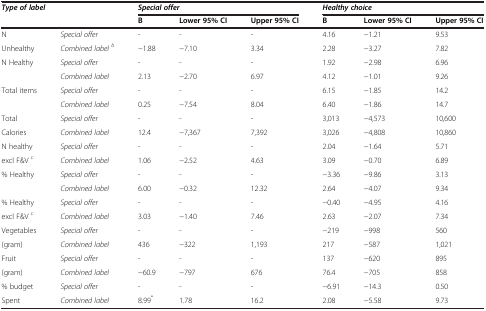
| <COLSPAN=2> Type of label | <COLSPAN=3> Special offer | <COLSPAN=3> Healthy choice |
 |  |  | B | Lower 95% CI | Upper 95% CI | B | Lower 95% CI | Upper 95% CI |
 | --- | --- | --- | --- | --- | --- | --- | --- |
 | N | Special offer | - | - | - | 4.16 | −1.21 | 9.53 |
 | Unhealthy | Combined labelb | −1.88 | −7.10 | 3.34 | 2.28 | −3.27 | 7.82 |
 | N Healthy | Special offer | - | - | - | 1.92 | −2.98 | 6.96 |
 |  | Combined label | 2.13 | −2.70 | 6.97 | 4.12 | −1.01 | 9.26 |
 | Total items | Special offer | - | - | - | 6.15 | −1.85 | 14.2 |
 |  | Combined label | 0.25 | −7.54 | 8.04 | 6.40 | −1.86 | 14.7 |
 | Total | Special offer | - | - | - | 3,013 | −4,573 | 10,600 |
 | Calories | Combined label | 12.4 | −7,367 | 7,392 | 3,026 | −4,808 | 10,860 |
 | N healthy | Special offer | - | - | - | 2.04 | −1.64 | 5.71 |
 | excl F&V c | Combined label | 1.06 | −2.52 | 4.63 | 3.09 | −0.70 | 6.89 |
 | % Healthy | Special offer | - | - | - | −3.36 | −9.86 | 3.13 |
 |  | Combined label | 6.00 | −0.32 | 12.32 | 2.64 | −4.07 | 9.34 |
 | % Healthy | Special offer | - | - | - | −0.40 | −4.95 | 4.16 |
 | excl F&V c | Combined label | 3.03 | −1.40 | 7.46 | 2.63 | −2.07 | 7.34 |
 | Vegetables | Special offer | - | - | - | −219 | −998 | 560 |
 | (gram) | Combined label | 436 | −322 | 1,193 | 217 | −587 | 1,021 |
 | Fruit | Special offer | - | - | - | 137 | −620 | 895 |
 | (gram) | Combined label | −60.9 | −797 | 676 | 76.4 | −705 | 858 |
 | % budget | Special offer | - | - | - | −6.91 | −14.3 | 0.50 |
 | Spent | Combined label | 8.99* | 1.78 | 16.2 | 2.08 | −5.58 | 9.73 |